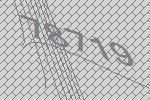
78719